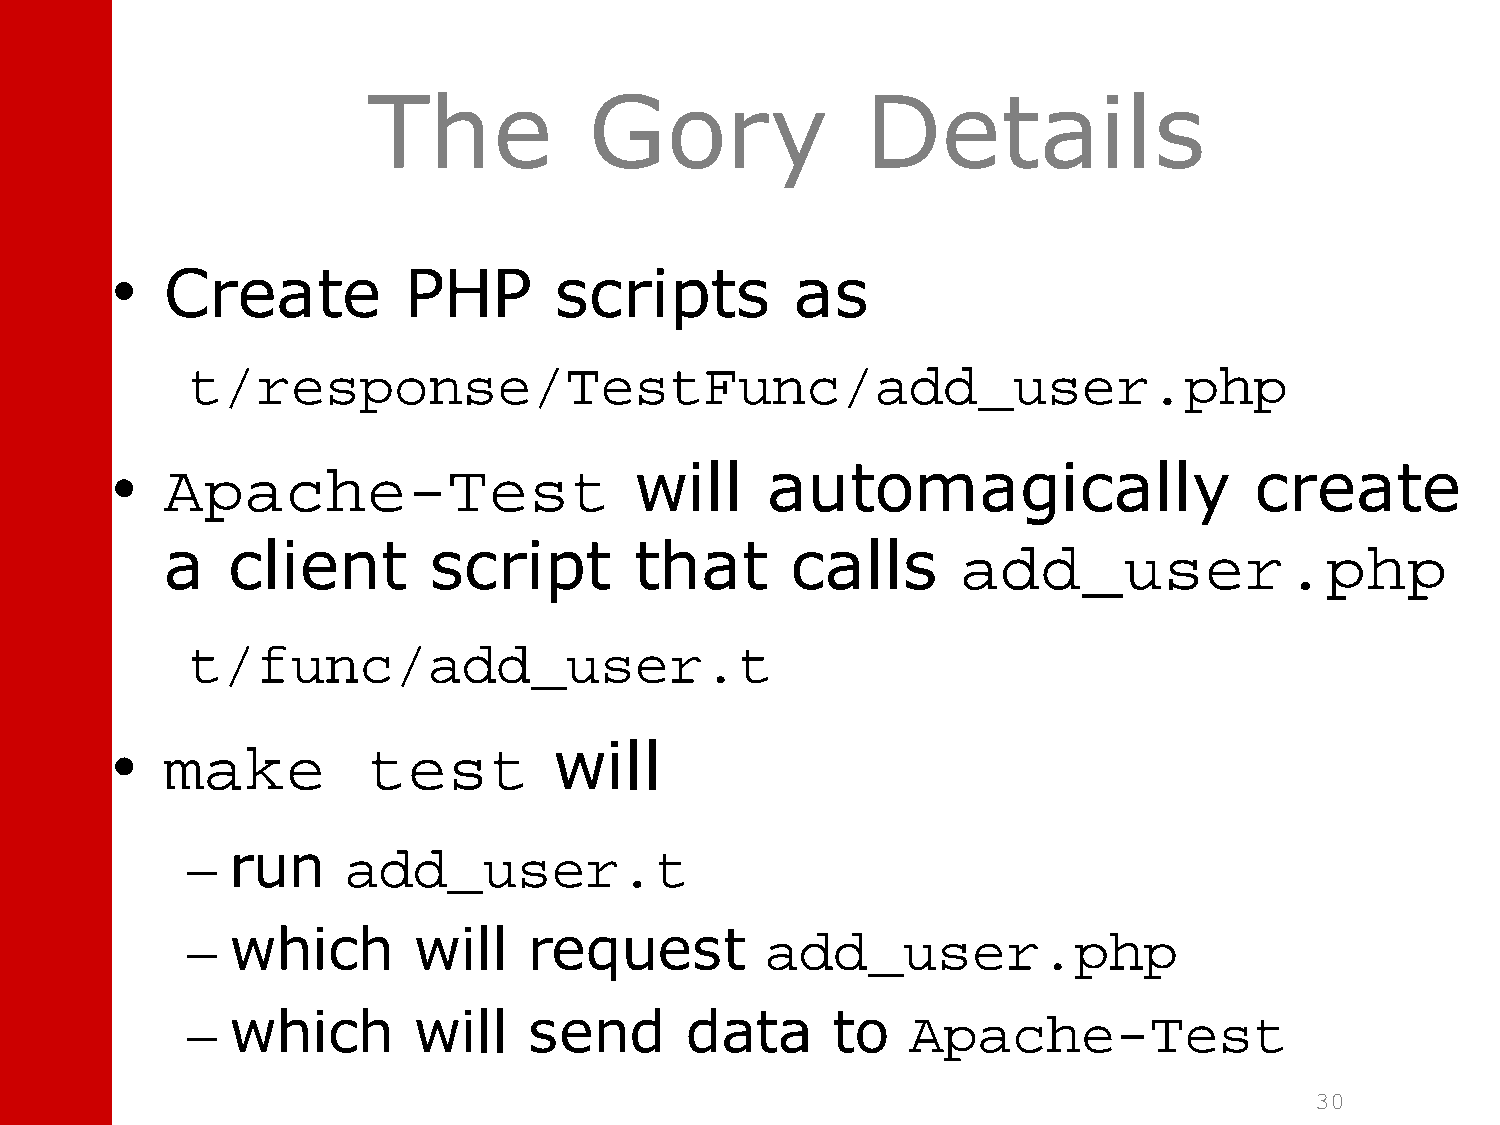
The            Gory              Details
 •   Create          PHP       scripts         as
 t/response/TestFunc/add_user.php
 •   Apache-Test                    will     automagically                   create
 a   client       script        that      calls       add_user.php
 t/func/add_user.t
 •   make         test         will
 –  run     add_user.t
 –  which       will    request         add_user.php
 –  which       will    send      data      to   Apache-Test
 30